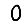
Digit: 0